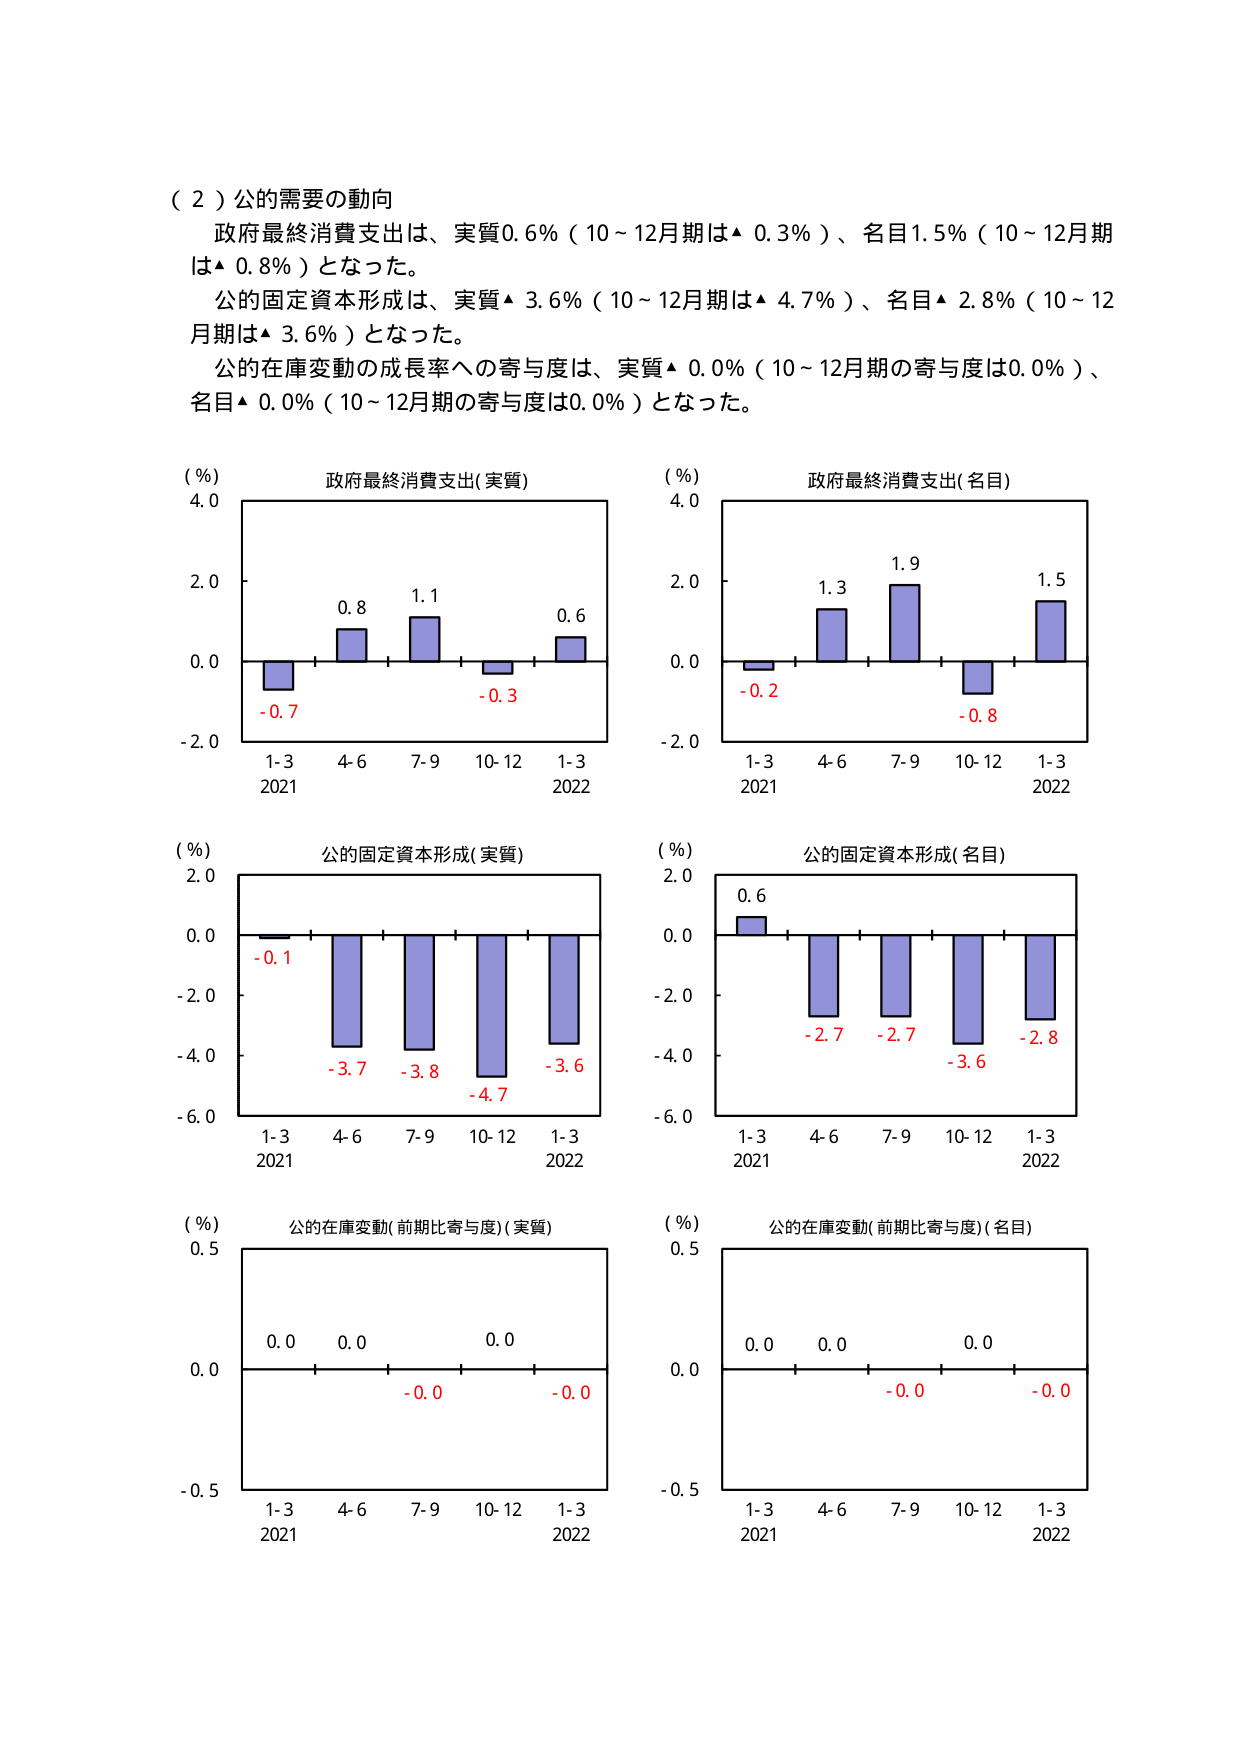
（２）公的需要の動向
政府最終消費支出は、実質0.6％（10～12月期は▲ 0.3％）、名目1.5％（10～12月期は▲ 0.8％）となった。
公的固定資本形成は、実質▲ 3.6％（10～12月期は▲ 4.7％）、名目▲ 2.8％（10～12月期は▲ 3.6％）となった。
公的在庫変動の成長率への寄与度は、実質▲ 0.0％（10～12月期の寄与度は0.0％）、名目▲ 0.0％（10～12月期の寄与度は0.0％）となった。

（％）
政府最終消費支出（実質）
4.0
2.0
0.0
-2.0
1-3 4-6 7-9 10-12 1-3
2021 2022
-0.7 0.8 1.1 -0.3 0.6

（％）
政府最終消費支出（名目）
4.0
2.0
0.0
-2.0
1-3 4-6 7-9 10-12 1-3
2021 2022
-0.2 1.3 1.9 -0.8 1.5

（％）
公的固定資本形成（実質）
2.0
0.0
-2.0
-4.0
-6.0
1-3 4-6 7-9 10-12 1-3
2021 2022
-0.1 -3.7 -3.8 -4.7 -3.6

（％）
公的固定資本形成（名目）
2.0
0.0
-2.0
-4.0
-6.0
1-3 4-6 7-9 10-12 1-3
2021 2022
0.6 -2.7 -2.7 -3.6 -2.8

（％）
公的在庫変動（前期比寄与度）（実質）
0.5
0.0
-0.5
1-3 4-6 7-9 10-12 1-3
2021 2022
0.0 0.0 -0.0 -0.0

（％）
公的在庫変動（前期比寄与度）（名目）
0.5
0.0
-0.5
1-3 4-6 7-9 10-12 1-3
2021 2022
0.0 0.0 -0.0 -0.0